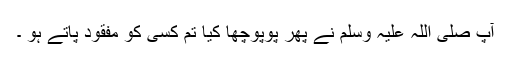
آپ صلی اللہ علیہ وسلم نے پھر پوپوچھا کیا تم کسی کو مفقود پاتے ہو ۔